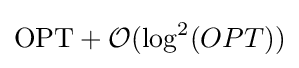
\mathrm {OPT} +{\mathcal {O}}(\log ^{2}(OPT))